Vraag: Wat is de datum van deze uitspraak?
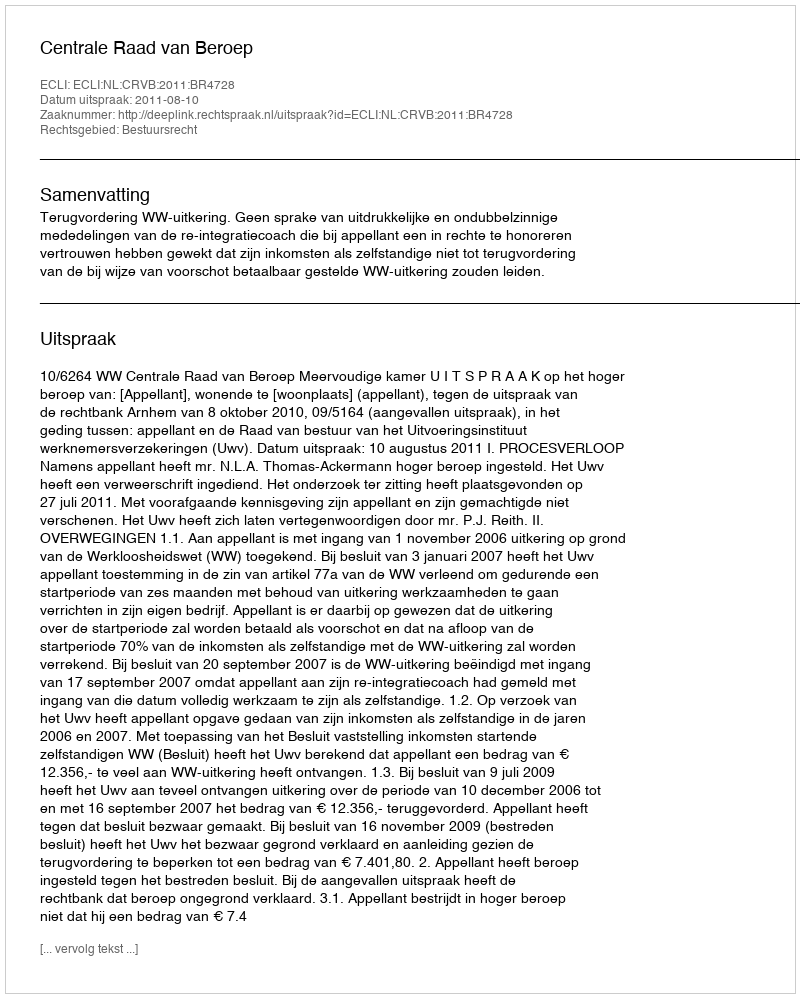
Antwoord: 2011-08-10